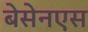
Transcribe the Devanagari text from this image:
बेसेनएस